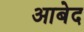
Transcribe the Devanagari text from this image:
अाबेद